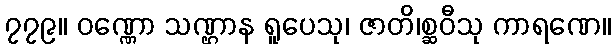
၇၇၉။ ဝဏ္ဏော သဏ္ဌာန ရူပေသု၊ ဇာတိ၊စ္ဆဝီသု ကာရဏေ။